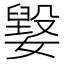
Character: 𡢕